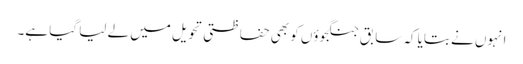
انہوں نے بتایا کہ سابق جنگجوؤں کو بھی حفاظتی تحویل میں لے لیا گیا ہے۔